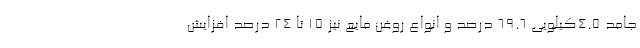
جامد ۴.۵کیلویی ۶۹.۶ درصد و انواع روغن مایع نیز ۱۵ تا ۲۴ درصد افزایش